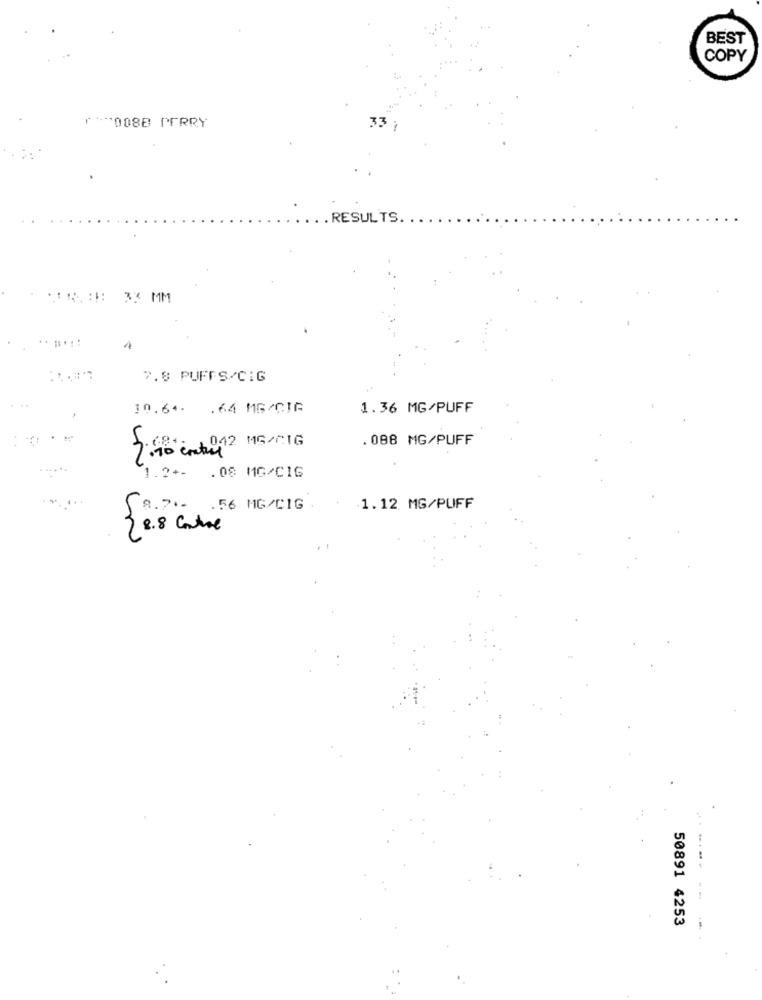
BEST
COPY
"""008B PERRY
RESULTS.
***.::: 33 MM
1
7.8 PUFFS/CIG
10.64 .64 MG/CIA
1.36 MG/PUFF
. 088 MG/PUFF
5.98 cmt 012 15/01G
1 .? +-
.08 MG/C16
5 ... . 56 MG/CIG
1.12 MG/PUFF
3 8.8 Control
50891 4253